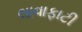
લાવાફાટી